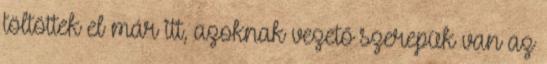
töltöttek el már itt, azoknak vezető szerepük van az